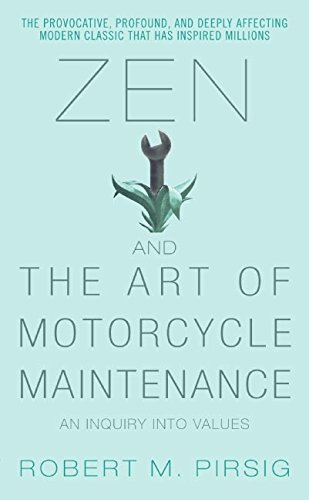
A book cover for Zen and the Art of Motorcycle Maintenance: An Inquiry Into Values; Robert M. Pirsig; Literature & Fiction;